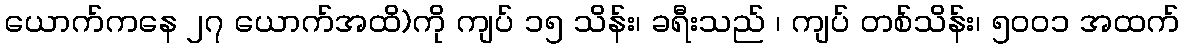
ယောက်ကနေ ၂၇ ယောက်အထိ)ကို ကျပ် ၁၅ သိန်း၊ ခရီးသည် ၊ ကျပ် တစ်သိန်း၊ ၅ဝဝ၁ အထက်